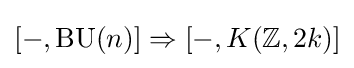
[-,\operatorname {BU} (n)]\Rightarrow [-,K(\mathbb {Z} ,2k)]